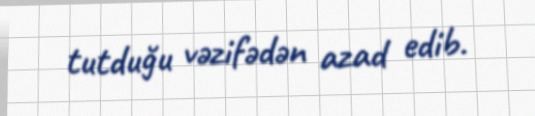
tutduğu vəzifədən azad edib.